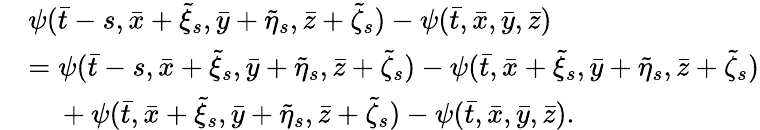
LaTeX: \begin{array}{rl}&{\psi(\bar{t}-s,\bar{x}+\tilde{\xi}_{s},\bar{y}+\tilde{\eta}_{s},\bar{z}+\tilde{\zeta}_{s})-\psi(\bar{t},\bar{x},\bar{y},\bar{z})}\\ &{=\psi(\bar{t}-s,\bar{x}+\tilde{\xi}_{s},\bar{y}+\tilde{\eta}_{s},\bar{z}+\tilde{\zeta}_{s})-\psi(\bar{t},\bar{x}+\tilde{\xi}_{s},\bar{y}+\tilde{\eta}_{s},\bar{z}+\tilde{\zeta}_{s})}\\ &{\mathrm{~\ ~\ }+\psi(\bar{t},\bar{x}+\tilde{\xi}_{s},\bar{y}+\tilde{\eta}_{s},\bar{z}+\tilde{\zeta}_{s})-\psi(\bar{t},\bar{x},\bar{y},\bar{z}).}\end{array}